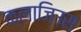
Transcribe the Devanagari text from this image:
क्लाजिउस